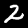
Label: 2